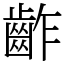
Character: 齚